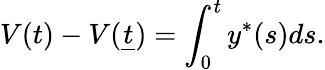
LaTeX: V(t)-V({\underline{{t}}})=\int_{0}^{t}y^{\ast}(s)ds.